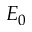
E _ { 0 }